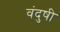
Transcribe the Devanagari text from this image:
वंदुषी